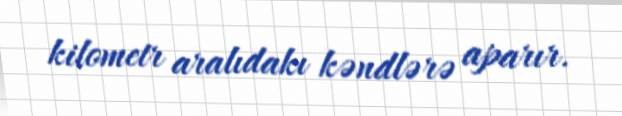
kilometr aralıdakı kəndlərə aparır.